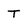
Character: T